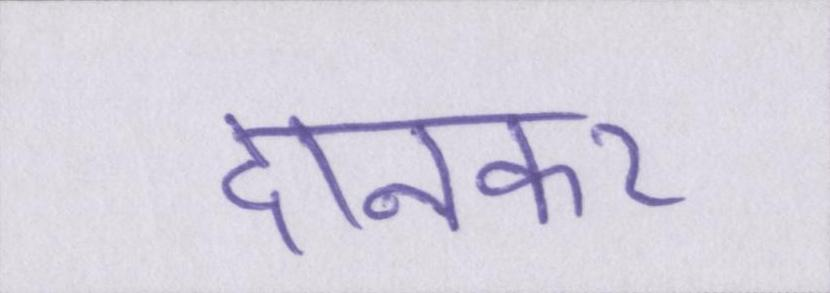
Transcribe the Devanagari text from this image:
दानकर